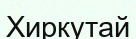
Хиркутай